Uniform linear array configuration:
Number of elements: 4
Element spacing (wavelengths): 1
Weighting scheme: blackman
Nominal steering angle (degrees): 60
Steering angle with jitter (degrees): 59.684
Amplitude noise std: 0.05
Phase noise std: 0.05

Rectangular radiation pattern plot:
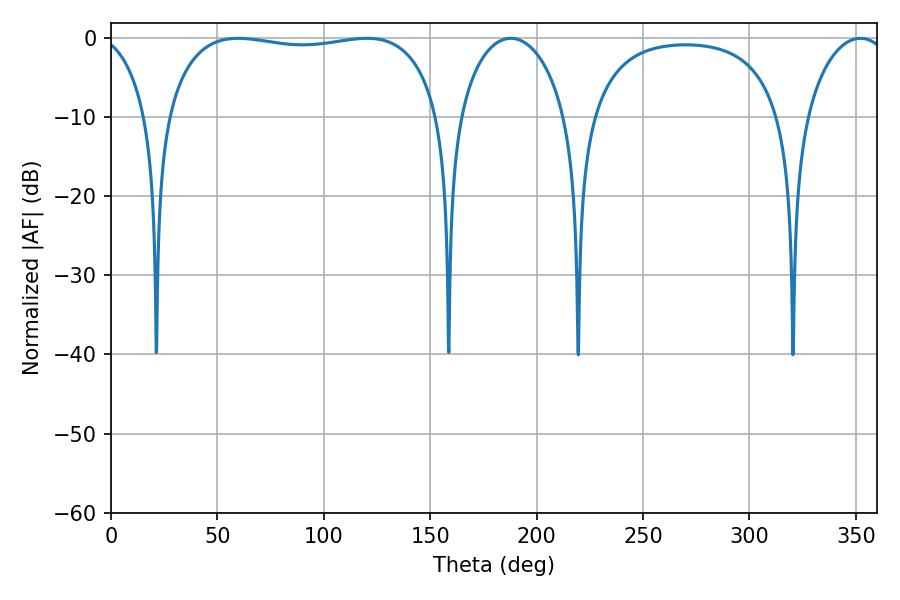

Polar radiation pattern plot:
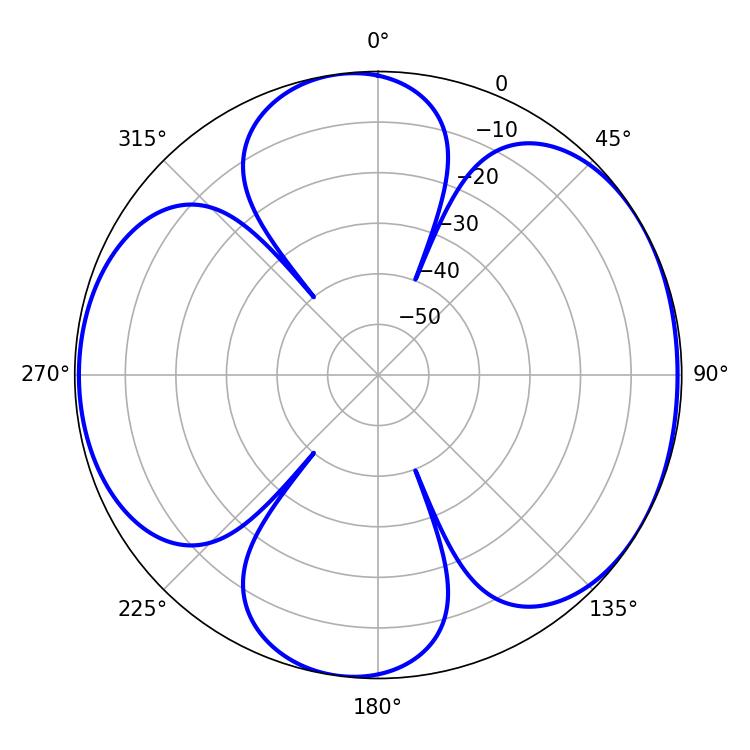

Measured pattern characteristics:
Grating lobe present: TRUE
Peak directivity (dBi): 5.983
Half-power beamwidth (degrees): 104.04
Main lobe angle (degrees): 59.76